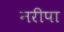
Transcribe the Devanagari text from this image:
नरीपा